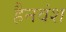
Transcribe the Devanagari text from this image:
हैनवंश